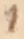
Text: 1